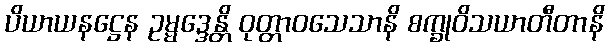
ပိယာယနဋ္ဌေန ဥမ္မဒ္ဒေန္တိ ဝုတ္တာဝသေသာနိ စက္ခုဝိသယာတီတာနိ